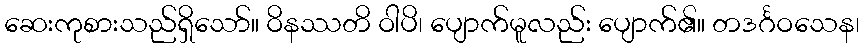
ဆေးကုစားသည်ရှိသော်။ ဝိနဿတိ ဝါပိ၊ ပျောက်မူလည်း ပျောက်၏။ တဒင်္ဂဝသေန၊